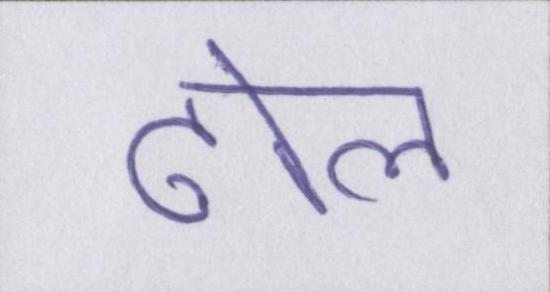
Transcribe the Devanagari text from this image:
ढोल